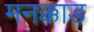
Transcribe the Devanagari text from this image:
मनक्काड